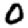
Digit: 0